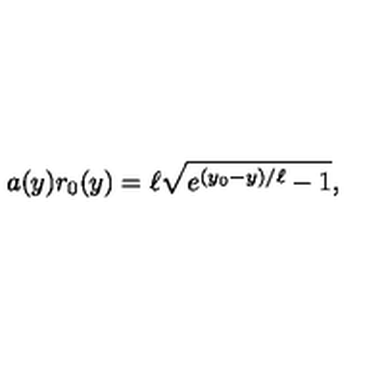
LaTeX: a ( y ) r _ { 0 } ( y ) = \ell \sqrt { e ^ { ( y _ { 0 } - y ) / \ell } - 1 } ,